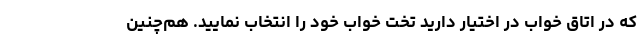
که در اتاق خواب در اختیار دارید تخت خواب خود را انتخاب نمایید. هم‌چنین